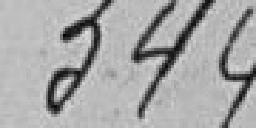
344